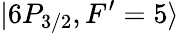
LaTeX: |6P_{3/2},F^{\prime}=5\rangle